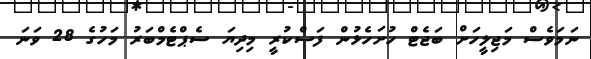
ނަމަވެސް މަޖިލީހަށް ބަޖެޓް ހުށަހެޅުން ފަސްކުރީ މިދިޔަ ސެޕްޓެމްބަރު މަހުގެ 28 ވަނަ